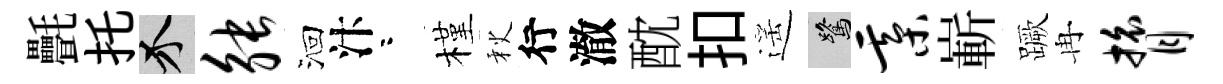
㲲托介觖洄汴咯槿秋行澈酖扣遥鷺綦嶄蹶冉膂